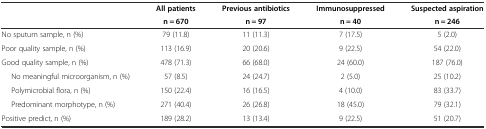
<table><thead><tr><td rowspan="2"></td><td><b>All patients</b></td><td><b>Previous antibiotics</b></td><td><b>Immunosuppressed</b></td><td><b>Suspected aspiration</b></td></tr><tr><td><b>n = 670</b></td><td><b>n = 97</b></td><td><b>n = 40</b></td><td><b>n = 246</b></td></tr></thead><tbody><tr><td>No sputum sample, n (%)</td><td>79 (11.8)</td><td>11 (11.3)</td><td>7 (17.5)</td><td>5 (2.0)</td></tr><tr><td>Poor quality sample, n (%)</td><td>113 (16.9)</td><td>20 (20.6)</td><td>9 (22.5)</td><td>54 (22.0)</td></tr><tr><td>Good quality sample, n (%)</td><td>478 (71.3)</td><td>66 (68.0)</td><td>24 (60.0)</td><td>187 (76.0)</td></tr><tr><td>No meaningful microorganism, n (%)</td><td>57 (8.5)</td><td>24 (24.7)</td><td>2 (5.0)</td><td>25 (10.2)</td></tr><tr><td>Polymicrobial flora, n (%)</td><td>150 (22.4)</td><td>16 (16.5)</td><td>4 (10.0)</td><td>83 (33.7)</td></tr><tr><td>Predominant morphotype, n (%)</td><td>271 (40.4)</td><td>26 (26.8)</td><td>18 (45.0)</td><td>79 (32.1)</td></tr><tr><td>Positive predict, n (%)</td><td>189 (28.2)</td><td>13 (13.4)</td><td>9 (22.5)</td><td>51 (20.7)</td></tr></tbody></table>